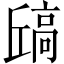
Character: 𫘶